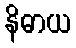
နိဓာယ